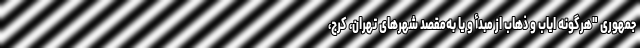
جمهوری "هرگونه ایاب و ذهاب از مبدأ و یا به‌مقصد شهرهای تهران، کرج،